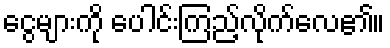
ငွေများကို ပေါင်းကြည့်လိုက်လေ၏။